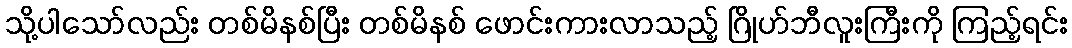
သို့ပါသော်လည်း တစ်မိနစ်ပြီး တစ်မိနစ် ဖောင်းကားလာသည့် ဂြိုဟ်ဘီလူးကြီးကို ကြည့်ရင်း